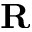
\textbf { R }